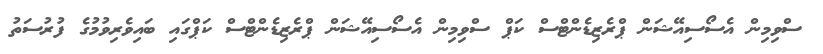
ސްވިމިން އެސޯސިއޭޝަން ޕްރެޒިޑެންޓްސް ކަޕް ސްވިމިން އެސޯސިއޭޝަން ޕްރެޒިޑެންޓްސް ކަޕްގައި ބައިވެރިވުމުގެ ފުރުސަތު